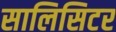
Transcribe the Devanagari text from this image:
सालिसिटर